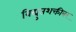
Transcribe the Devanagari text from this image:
विद्युतशक्तीवर